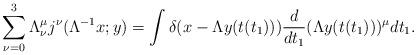
LaTeX: \begin{align*}\sum_{\nu = 0}^{3} \Lambda_{\nu }^{\mu } j^{\nu }(\Lambda^{- 1} x;y) =\int \delta (x - \Lambda y(t(t_{1}))) \frac{d}{dt_{1}}(\Lambda y(t(t_{1})))^{\mu } dt_{1}.\end{align*}